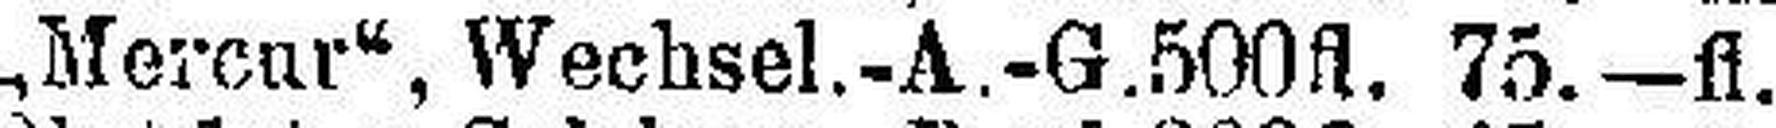
„Mercur“, Wechsel.-A.-G. 500fl. 75.—fl.